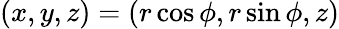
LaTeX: (x,y,z)=(r\cos\phi,r\sin\phi,z)